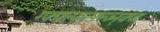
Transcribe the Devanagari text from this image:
ग्फ्फ्त्फ्न्फ्त्ज्न्क्ज